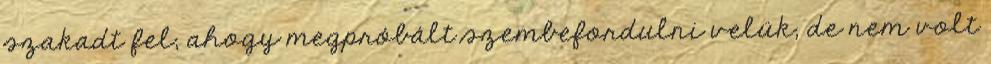
szakadt fel, ahogy megpróbált szembefordulni velük, de nem volt